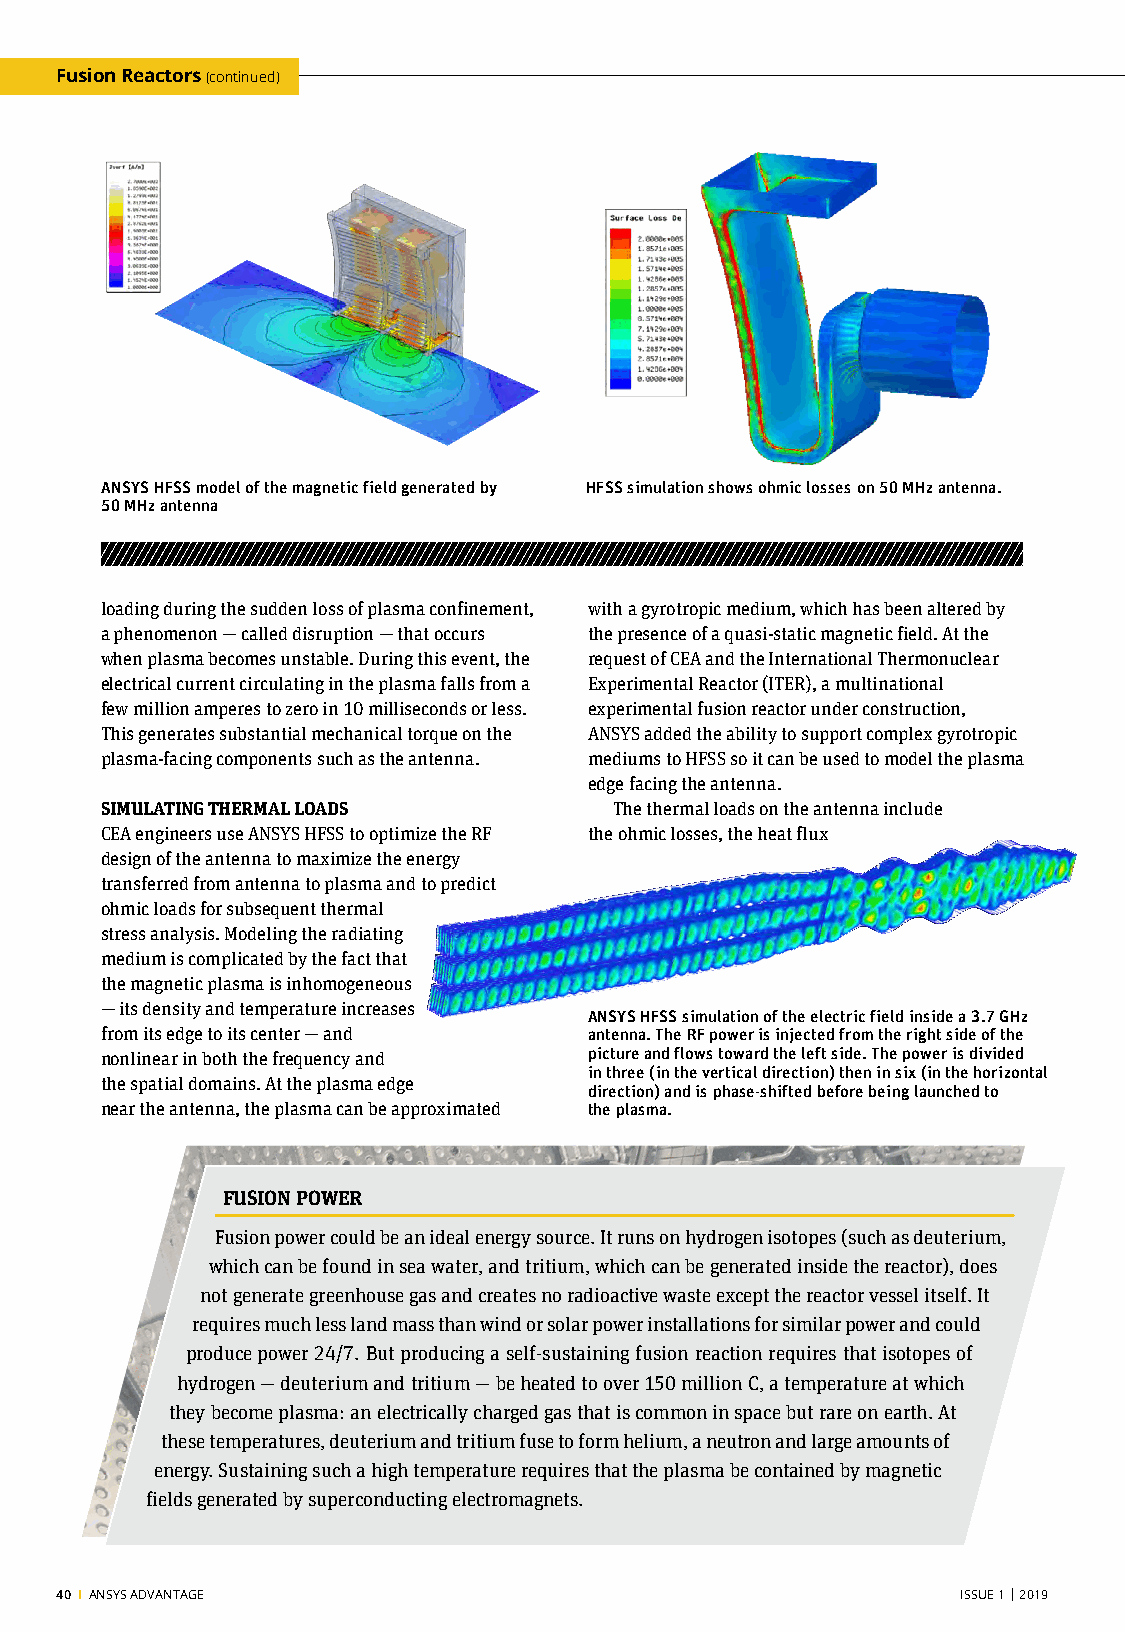
Fusion Reactors (continued)
 ANSYS HFSS model of the magnetic field generated by HFSS simulation shows ohmic losses on 50 MHz antenna.
 50 MHz antenna
 loading during the sudden loss of plasma confinement, with a gyrotropic medium, which has been altered by
 a phenomenon — called disruption — that occurs the presence of a quasi-static magnetic field. At the
 when plasma becomes unstable. During this event, the request of CEA and the International Thermonuclear
 electrical current circulating in the plasma falls from a Experimental Reactor (ITER), a multinational
 few million amperes to zero in 10 milliseconds or less. experimental fusion reactor under construction,
 This generates substantial mechanical torque on the ANSYS added the ability to support complex gyrotropic
 plasma-facing components such as the antenna. mediums to HFSS so it can be used to model the plasma
 edge facing the antenna.
 SIMULATING THERMAL LOADS          The thermal loads on the antenna include
 CEA engineers use ANSYS HFSS to optimize the RF the ohmic losses, the heat flux
 design of the antenna to maximize the energy
 transferred from antenna to plasma and to predict
 ohmic loads for subsequent thermal
 stress analysis. Modeling the radiating
 medium is complicated by the fact that
 the magnetic plasma is inhomogeneous
 — its density and temperature increases
 ANSYS HFSS simulation of the electric field inside a 3.7 GHz
 from its edge to its center — and antenna. The RF power is injected from the right side of the
 nonlinear in both the frequency and picture and flows toward the left side. The power is divided
 in three (in the vertical direction) then in six (in the horizontal
 the spatial domains. At the plasma edge
 direction) and is phase-shifted before being launched to
 near the antenna, the plasma can be approximated the plasma.
 FUSION POWER
 Fusion power could be an ideal energy source. It runs on hydrogen isotopes (such as deuterium,
 which can be found in sea water, and tritium, which can be generated inside the reactor), does
 not generate greenhouse gas and creates no radioactive waste except the reactor vessel itself. It
 requires much less land mass than wind or solar power installations for similar power and could
 produce power 24/7. But producing a self-sustaining fusion reaction requires that isotopes of
 hydrogen — deuterium and tritium — be heated to over 150 million C, a temperature at which
 they become plasma: an electrically charged gas that is common in space but rare on earth. At
 these temperatures, deuterium and tritium fuse to form helium, a neutron and large amounts of
 energy. Sustaining such a high temperature requires that the plasma be contained by magnetic
 fields generated by superconducting electromagnets.
 40 I ANSYS ADVANTAGE                                        ISSUE 1 | 2019